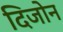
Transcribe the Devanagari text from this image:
दिजोन